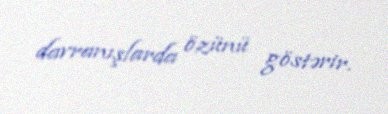
davranışlarda özünü göstərir.